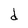
Character: d